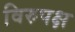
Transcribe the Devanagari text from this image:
विरुपक्ष